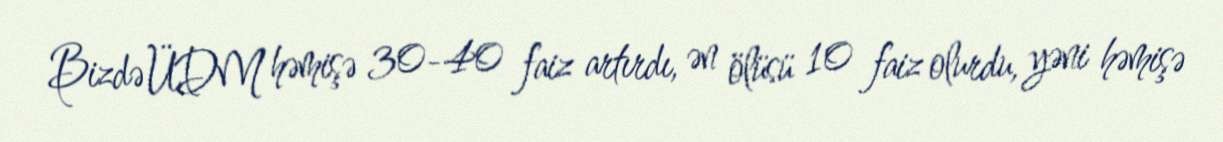
Bizdə ÜDM həmişə 30-40 faiz artırdı, ən ölüsü 10 faiz olurdu, yəni həmişə